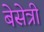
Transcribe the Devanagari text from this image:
बेसेत्री